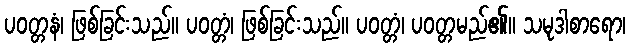
ပဝတ္တနံ၊ ဖြစ်ခြင်းသည်။ ပဝတ္တံ၊ ဖြစ်ခြင်းသည်။ ပဝတ္တံ၊ ပဝတ္တမည်၏။ သမုဒါစာရော၊